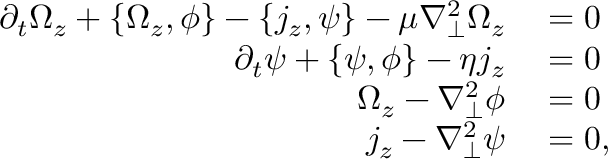
\begin{array} { r l } { \partial _ { t } \Omega _ { z } + \left\{ \Omega _ { z } , \phi \right\} - \left\{ j _ { z } , \psi \right\} - \mu \nabla _ { \perp } ^ { 2 } \Omega _ { z } } & { { } = 0 } \\ { \partial _ { t } \psi + \left\{ \psi , \phi \right\} - \eta j _ { z } } & { { } = 0 } \\ { \Omega _ { z } - \nabla _ { \perp } ^ { 2 } \phi } & { { } = 0 } \\ { j _ { z } - \nabla _ { \perp } ^ { 2 } \psi } & { { } = 0 , } \end{array}